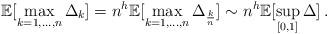
LaTeX: \begin{align*}\mathbb E[\max_{k=1,...,n}\Delta_k]=n^h\mathbb E[\max_{k=1,...,n}\Delta_{\frac k n}]\sim n^h\mathbb E[\sup_{[0,1]}\Delta]\, .\end{align*}